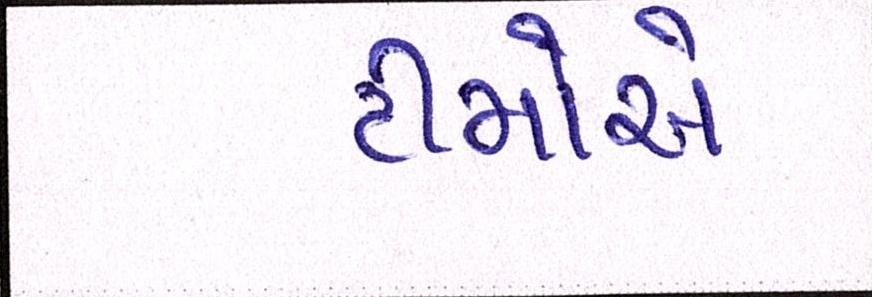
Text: ટીમોએ